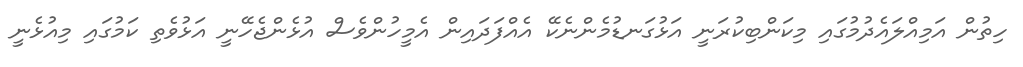
ހިތުން އަމިއްލައެދުމުގައި މިކަންބިކުރަނީ އަޅުގަނޑުމެންނެކޭ އެއްފަދައިން އެމީހުންވެސް އުޅެންޖެހޭނީ އަޅުވެތި ކަމުގައި މިއުޅެނީ